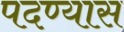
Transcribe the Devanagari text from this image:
पदण्यास